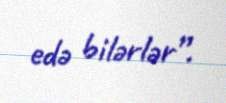
edə bilərlər”.